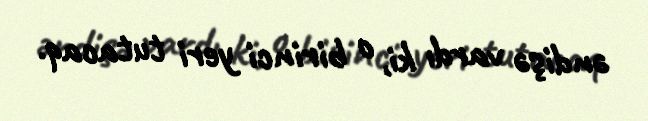
əndişə vardı ki, o birinci yeri tutacaq.